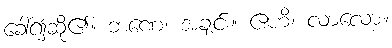
ခေါ်၍ဆို၏။ ဘဏေ၊ အချင်း။ ဧဟိ၊ လာလော့။